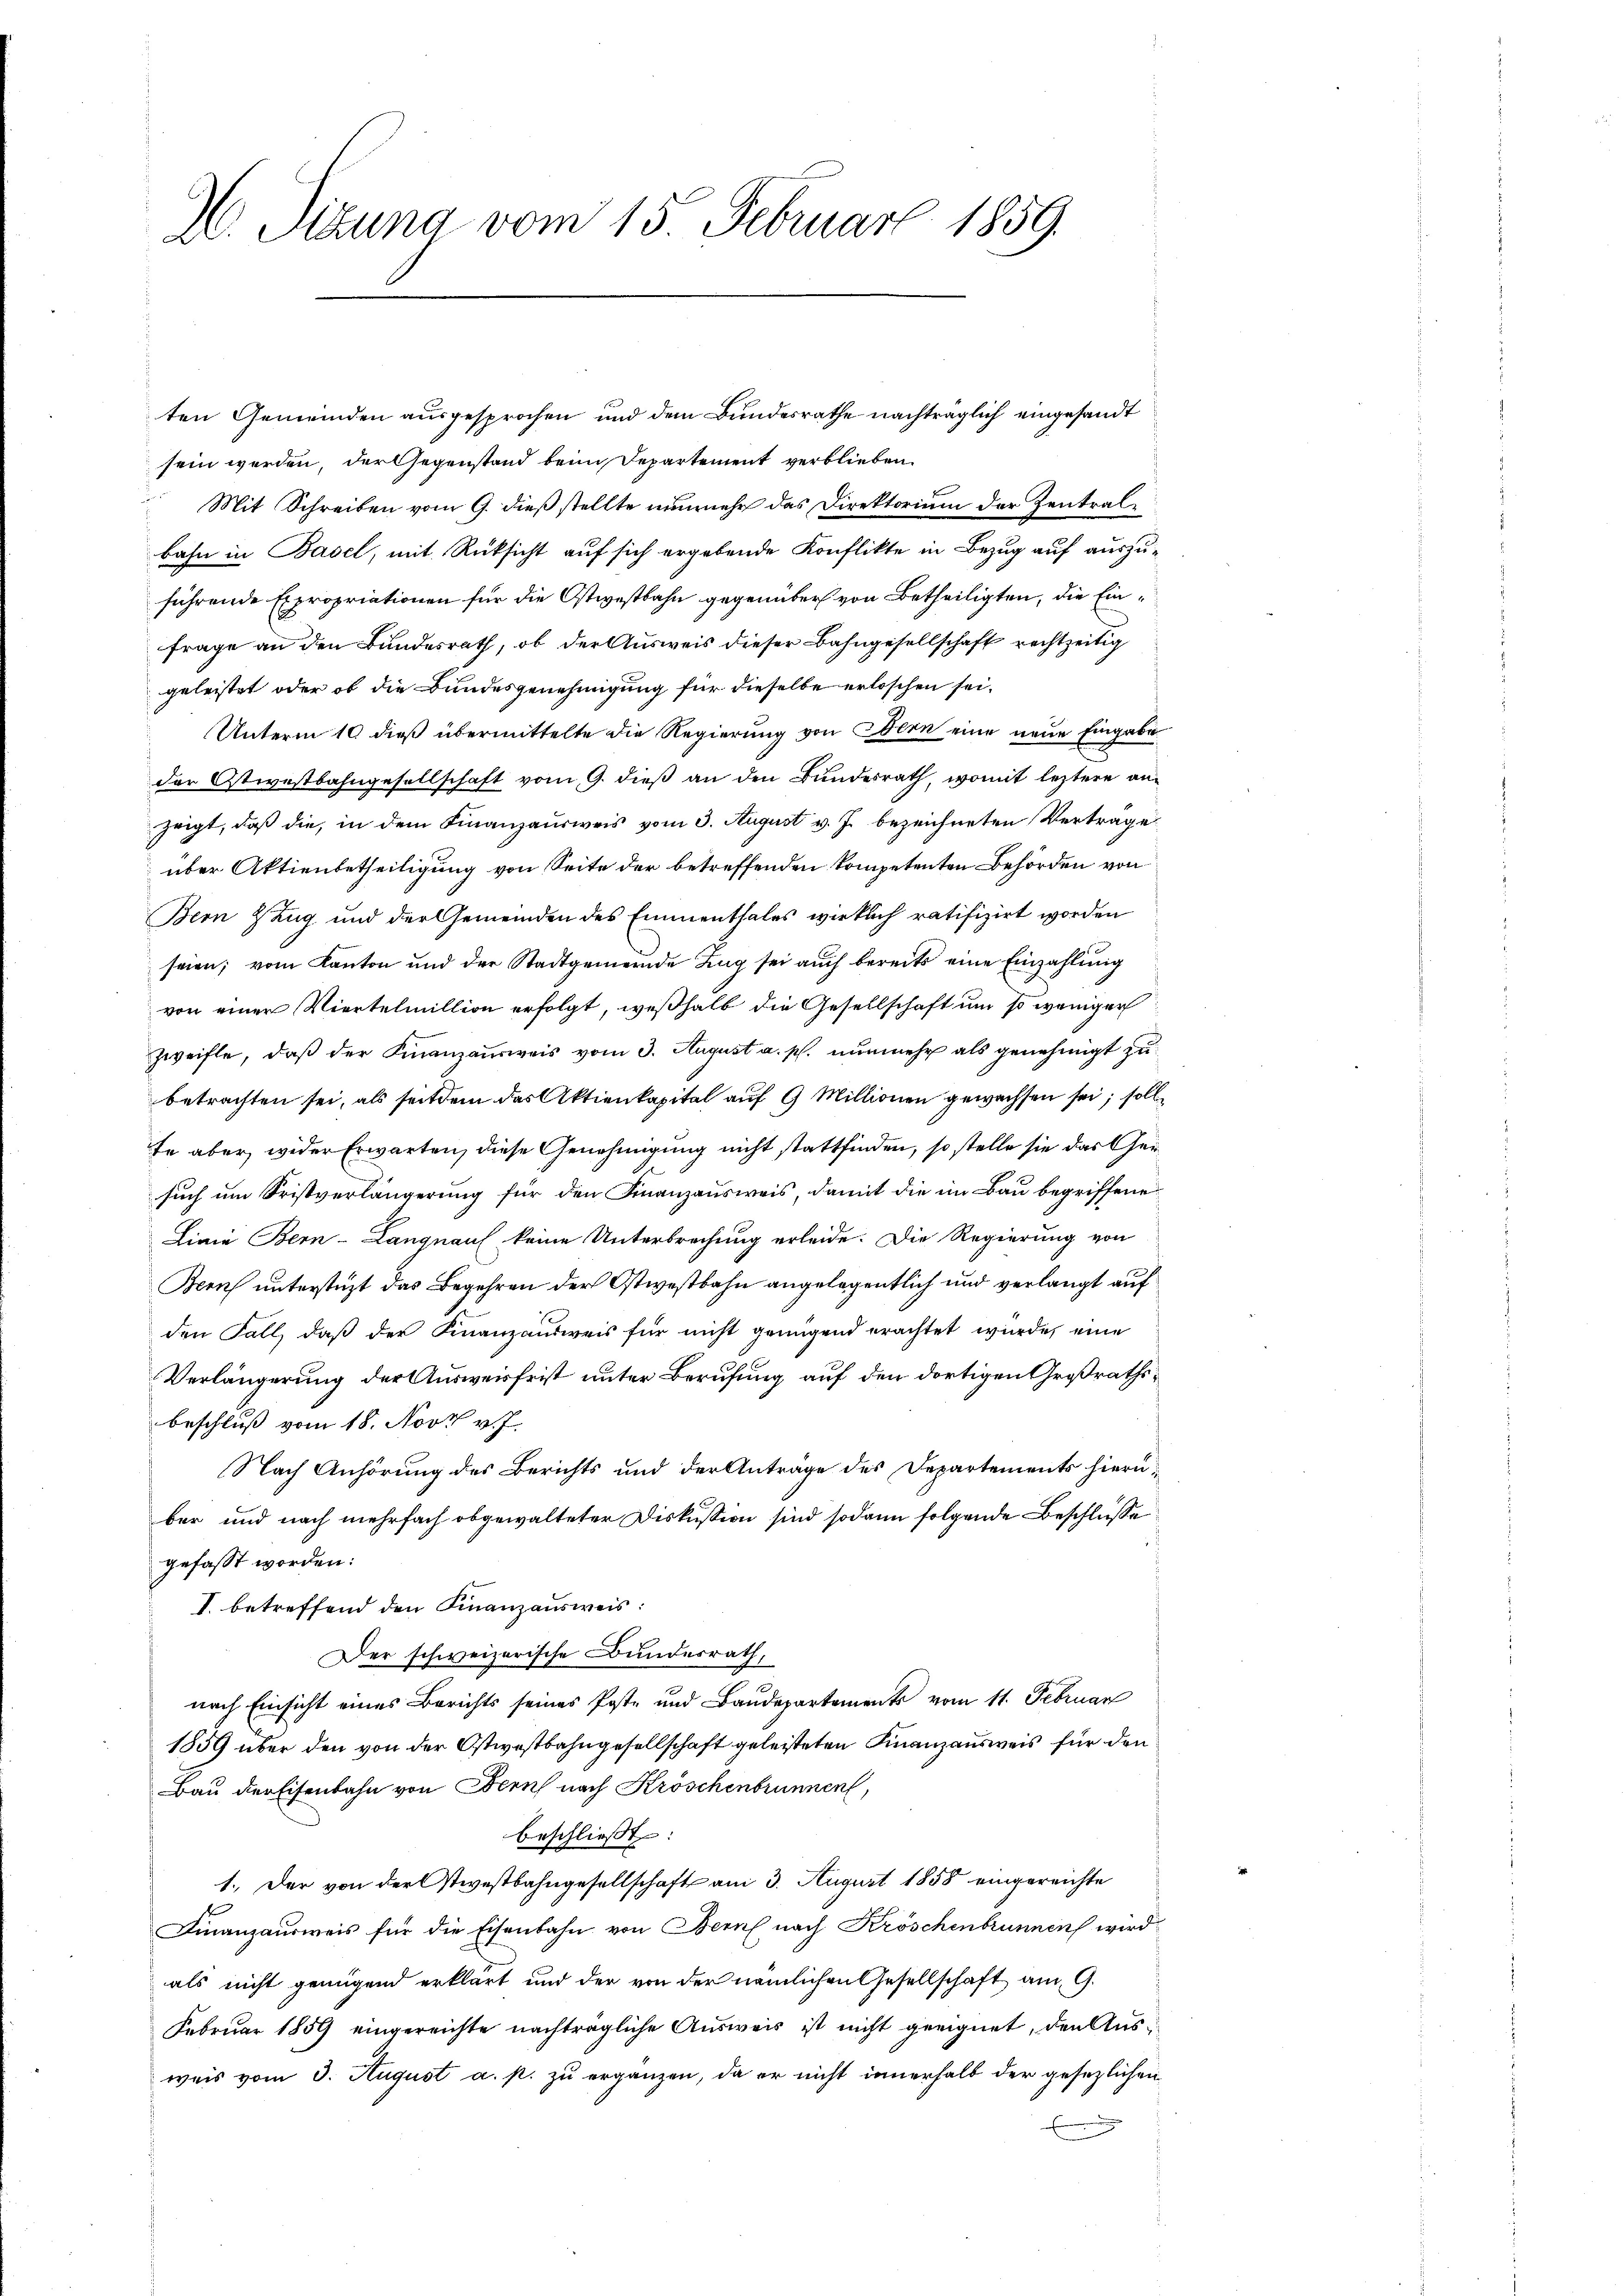
H. Tizung vom 15. Februar 1859.

ten Gemeinden ausgesprochen und dem Bundesrathe nachträglich eingesandt
sein werden, der Gegenstand beim Departement verblieben.
Mit Schreiben vom 9. dieß stellte nunmehr das Direktorium der Zentralbahn in Basel, mit Rüksicht auf sich ergebende Konflikte in Bezug auf auszuführende Expropriationen für die Ostwestbahn gegenüber von Betheiligten, die Einfrage an den Bundesrath, ob der Ausweis dieser Bahngesellschaft rechtzeitig
geleistet oder ob die Bundesgenehmigung für dieselbe erloschen sei.
Unterm 10. dieß übermittelte die Regierung von Bern eine neue Eingabe
der Ostwestbahngesellschaft vom 9. dieß an den Bundesrath, womit leztere anzeigt, daß die, in dem Finanzausweis vom 3. August v. J. bezeichneten Verträge
über Aktienbetheiligung von Seite der betreffenden kompetenten Behörden von
Bern ZZug und der Gemeinden des Emmenthales wirklich ratifizirt worden
seien; vom Kanton und der Stadtgemeinde Zug sei auch bereits eine Einzahlung
von einer Viertelmillion erfolgt, weßhalb die Gesellschaft um so weniger
zweifle, daß der Finanzausweis vom 3. August a. p. nunmehr als genehmigt zu
betrachten sei, als seitdem das Aktienkapital auf 9 Millionen gewachsen sei; soll
te aber wider Erwarten, diese Genehmigung nicht stattfinden, so stelle sie das Gesuch um Fristverlängerung für den Finanzausweis, damit die im Bau begriffene
Linie Bern-Langnauf keine Unterbrechung erleide. Die Regierung von
Beeich unterstüzt das Begehren der Ostwestbahn angelegentlich und verlangt auf
den Fall, daß der Finanzausweis für nicht genügend erachtet wurde, eine
Verlängerung der Ausweisfrist unter Berufung auf den dortigen Großrathsbeschluß vom 18. Nov. v. J.
Nach Anhörung des Berichts und der Anträge des Departements hierüber und nach mehrfach obgewalteter Diskussion sind sodann folgende Beschlüsse
gefasst worden:
I. betreffend den Finanzausweis:
Der schweizerische Bundesrath,
nach Einsicht eines Berichts seines Poste und Baudepartements vom 11. Februar
1859 über den von der Ostwestbahngesellschaft geleisteten Finanzausweis für den
Bau der Eisenbahn von Bern nach Kröschenbrunnen,
beschlieβt:
1. Der von der Stevestbahngesellschaft am 3. August 1858 eingereichte
Finanzausweis für die Eisenbahn von Bern nach Kröschenbrunnen wird
als nicht genügend erklärt und der von der nämlichen Gesellschaft am 9.
Februar 1859 eingereichte nachträgliche Ausweis ist nicht geeignet, den Ausweis vom 3. August a. p. zu ergänzen, da er nicht innerhalb der gesezlichen